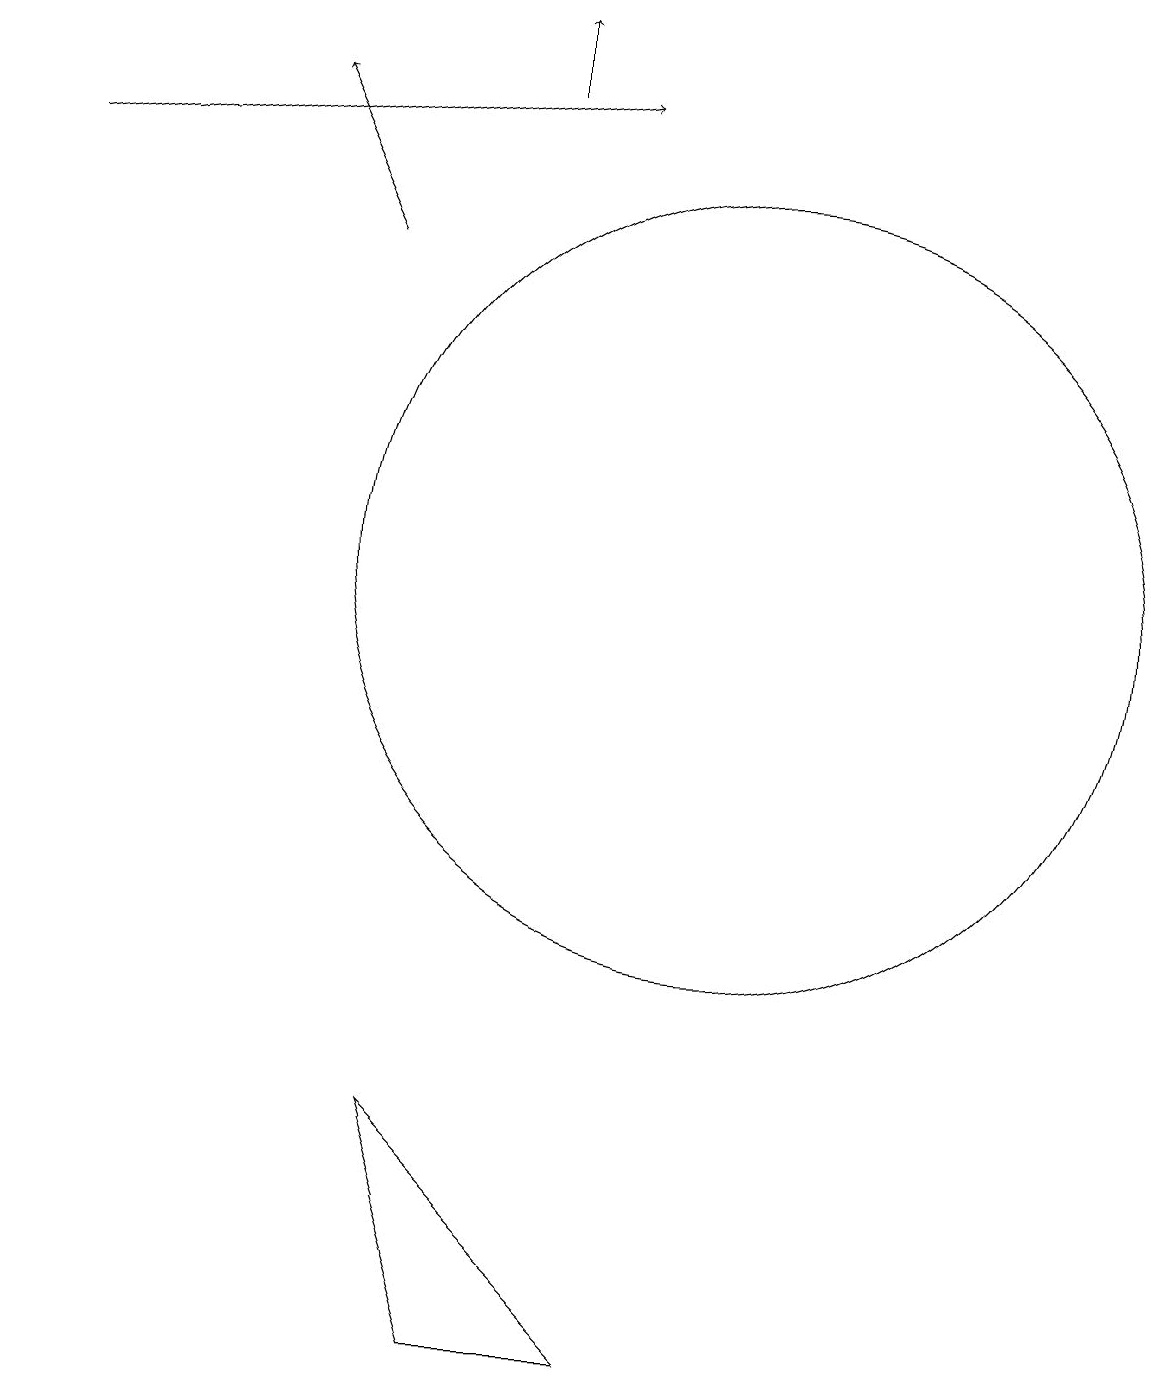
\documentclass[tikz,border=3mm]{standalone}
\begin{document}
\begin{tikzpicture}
\draw[->] (1,15) -- (8,16);
\draw (9,0) -- (7,0) -- (6,3) -- cycle;
\draw (10,10) circle (5);
\draw[->] (7,16) -- (7,17);
\draw[->] (5,14) -- (4,16);
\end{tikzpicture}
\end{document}